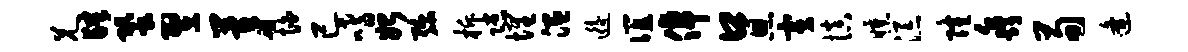
兄肆蛩翌茅怕已嗜始弥柝隙埋温逅谊倬口恩寅慎曛添隆淼荀逄